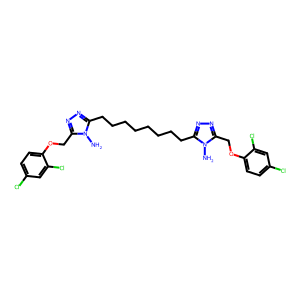
SMILES: Nn1c(CCCCCCCCc2nnc(COc3ccc(Cl)cc3Cl)n2N)nnc1COc1ccc(Cl)cc1Cl
Inhibits HIV replication: No